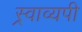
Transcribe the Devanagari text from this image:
स्र्वाव्यपी